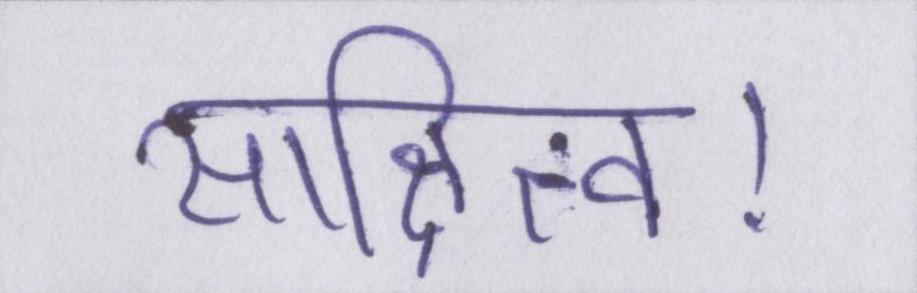
साक्षित्व।